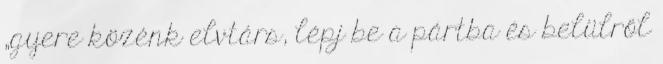
„gyere közénk elvtárs, lépj be a pártba és belülről